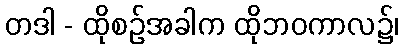
တဒါ - ထိုစဉ်အခါက ထိုဘဝကာလ၌၊